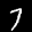
Label: 7